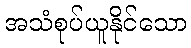
အသံစုပ်ယူနိုင်သော